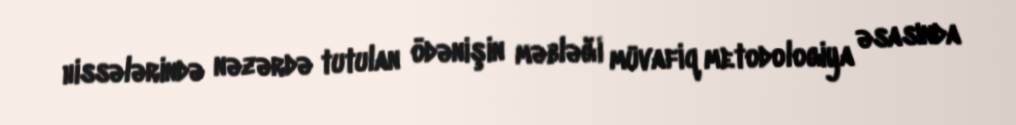
hissələrində nəzərdə tutulan ödənişin məbləği müvafiq metodologiya əsasında